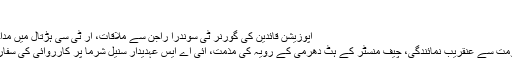
…
اپوزیشن قائدین کی گورنر ٹی سوندرا راجن سے ملاقات، آر ٹی سی ہڑتال میں مداخلت کی اپیل
مرکزی حکومت سے عنقریب نمائندگی، چیف منسٹر کے ہٹ دھرمی کے رویہ کی مذمت، آئی اے ایس عہدیدار سنیل شرما پر کارروائی کی سفارش حیدرآباد۔